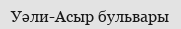
Уәли-Асыр бульвары